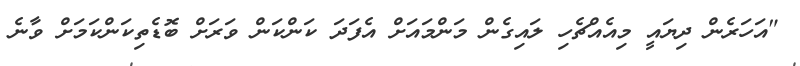
"އަހަރެން ދިޔައީ މިއެއްޗެހި ލައިގެން މަންމައަށް އެފަދަ ކަންކަން ވަރަށް ބޮޑެތިކަންކަމަށް ވާނެ